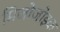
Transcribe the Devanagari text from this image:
मिजोजोइक